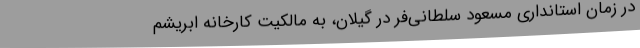
در زمان استانداری مسعود سلطانی‌فر در گیلان، به مالکیت کارخانه ابریشم